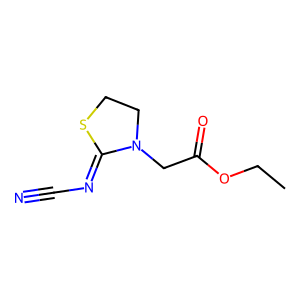
SMILES: CCOC(=O)CN1CCSC1=NC#N
Inhibits HIV replication: No